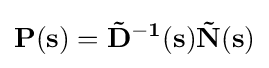
\mathbf {P(s)={\tilde {D}}^{-1}(s){\tilde {N}}(s)}